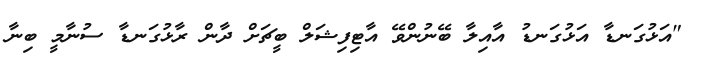
"އަޅުގަނޑާ އަޅުގަނޑު އާއިލާ ބޭނުންވޭ އާޓިފިޝަލް ބީޗަށް ދާން ރާޅުގަނޑާ ސުނާމީ ބިނާ